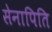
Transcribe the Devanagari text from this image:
सेनापिति